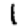
Digit: 1